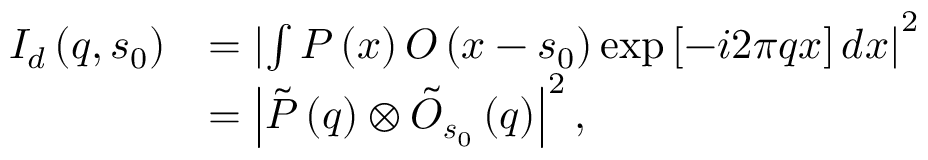
\begin{array} { r l } { I _ { d } \left( \boldsymbol { q } , \boldsymbol { s } _ { 0 } \right) } & { = \left| \int P \left( \boldsymbol { x } \right) O \left( \boldsymbol { x } - \boldsymbol { s } _ { 0 } \right) \exp \left[ - i 2 \pi \boldsymbol { q } \boldsymbol { x } \right] d \boldsymbol { x } \right| ^ { 2 } } \\ & { = \left| \tilde { P } \left( \boldsymbol { q } \right) \otimes \tilde { O } _ { \boldsymbol { s } _ { 0 } } \left( \boldsymbol { q } \right) \right| ^ { 2 } , } \end{array}